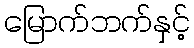
မြောက်ဘက်နှင့်